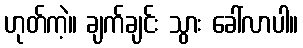
ဟုတ်ကဲ့။ ချက်ချင်း သွား ခေါ်လာပါ။